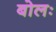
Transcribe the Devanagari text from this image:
बोलः